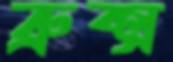
ব্রুক্স